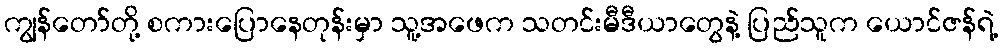
ကျွန်တော်တို့ စကားပြောနေတုန်းမှာ သူ့အဖေက သတင်းမီဒီယာတွေနဲ့ ပြည်သူက ယောင်ဇန်ရဲ့